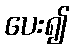
ပေး၍